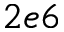
2 e 6